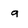
Character: 9